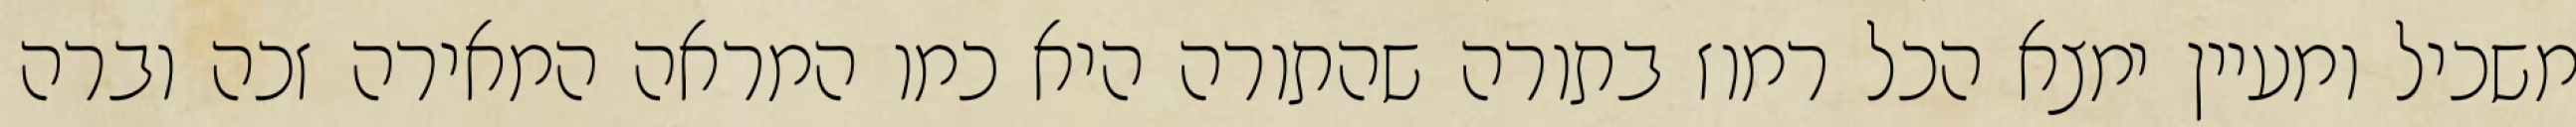
משכיל ומעיין ימצא הכל רמוז בתורה שהתורה היא כמו המראה המאירה זכה וברה